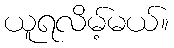
ယူရလိမ့်မယ်။